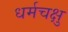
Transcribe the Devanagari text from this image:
धर्मचक्षु